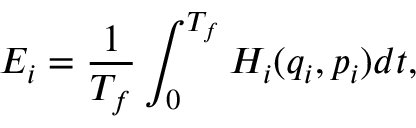
E _ { i } = \frac { 1 } { T _ { f } } \int _ { 0 } ^ { T _ { f } } H _ { i } ( q _ { i } , p _ { i } ) d t ,